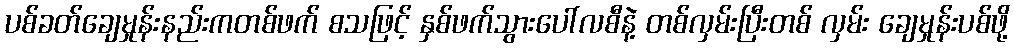
ပစ်ခတ်ချေမှုန်းနည်းကတစ်ဖက် စသဖြင့် နှစ်ဖက်သွားပေါ်လစီနဲ့ တစ်လှမ်းပြီးတစ် လှမ်း ချေမှုန်းပစ်ဖို့